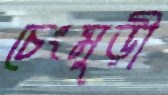
চেংমুড়ী